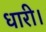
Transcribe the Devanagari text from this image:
धारी।